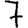
Digit: 7